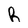
Character: h